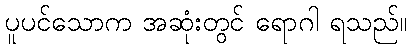
ပူပင်သောက အဆုံးတွင် ရောဂါ ရသည်။